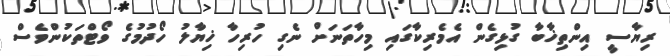
ރިޔާސީ އިންތިޚާބާ ގުޅިގެން އެމެރިކާގައި މިހާތަނަށް ނެގި ހުރިހާ ޚިޔާލު ހޯދުމުގެ ވޯޓްތަކުންވެސް